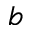
^ { b }